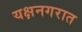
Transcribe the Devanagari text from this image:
यक्षनगरात